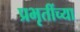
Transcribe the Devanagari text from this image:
प्रभृतींच्या